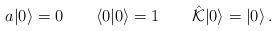
LaTeX: \begin{align*}a|0\rangle=0 \qquad\langle 0|0 \rangle=1 \qquad\hat{\cal K}|0\rangle=|0\rangle\,.\end{align*}